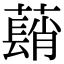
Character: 𦿃